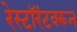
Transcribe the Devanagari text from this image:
रेस्टॉरंटवरून